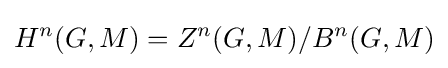
H^{n}(G,M)=Z^{n}(G,M)/B^{n}(G,M)